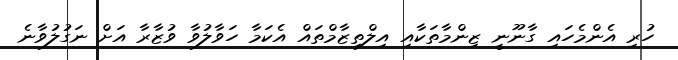
ހުރި އެންމެހައި ގާނޫނީ ޒިންމާތަކާއި އިލްތިޒާމްތައް އެކަމާ ހަވާލުވާ ވުޒާރާ އަށް ނަގުލުވާނެ